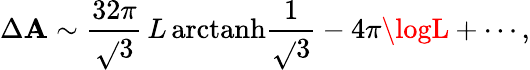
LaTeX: \Delta\mathbf{A}\sim\frac{{32\pi}}{{\sqrt{}{{3}}}}\, L\, {\mathrm{{arctanh}}}\frac{1}{{\sqrt{}{{3}}}}-4\pi\logL+\cdots,